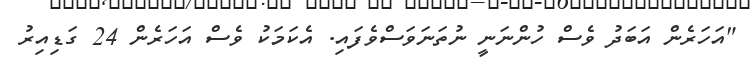
"އަހަރެން އަބަދު ވެސް ހުންނަނީ ނުތަނަވަސްވެފައި. އެކަމަކު ވެސް އަހަރެން 24 ގަޑިއިރު